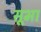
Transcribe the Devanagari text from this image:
सूभा